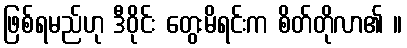
ဖြစ်ရမည်ဟု ဒီဝိုင်း တွေးမိရင်းက စိတ်တိုလာ၏ ။